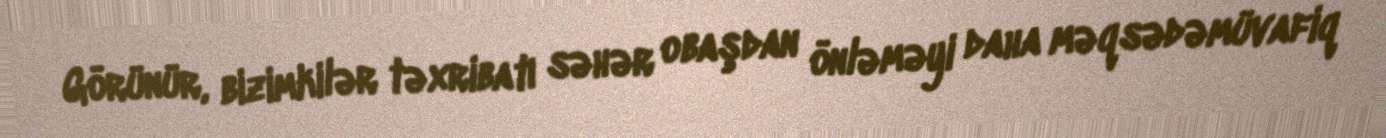
Görünür, bizimkilər təxribatı səhər obaşdan önləməyi daha məqsədəmüvafiq